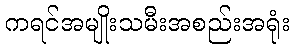
ကရင်အမျိုးသမီးအစည်းအရုံး